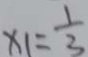
x _ { 1 } = \frac { 1 } { 3 }